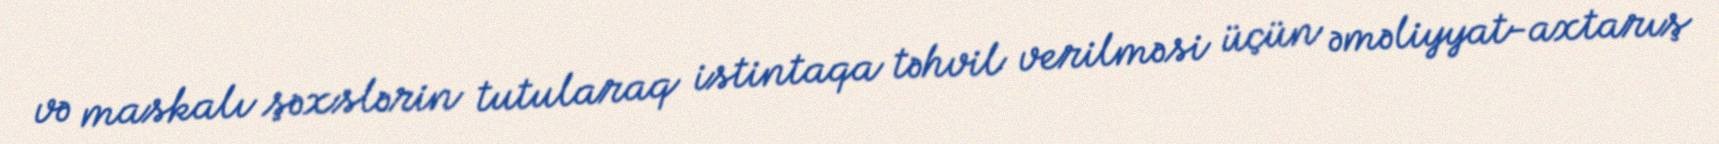
və maskalı şəxslərin tutularaq istintaqa təhvil verilməsi üçün əməliyyat-axtarış